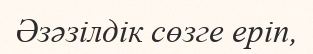
Әзәзілдік сөзге еріп,